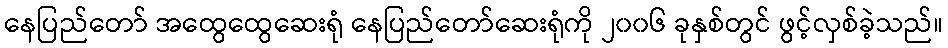
နေပြည်တော် အထွေထွေဆေးရုံ နေပြည်တော်ဆေးရုံကို ၂၀၀၆ ခုနှစ်တွင် ဖွင့်လှစ်ခဲ့သည်။